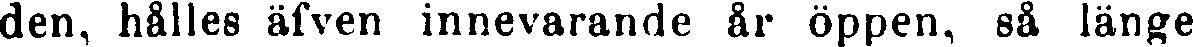
den, hålles äfven innevarande år öppen, så länge